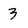
Character: 3